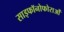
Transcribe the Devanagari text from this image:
साइफॉनोफोराओं